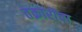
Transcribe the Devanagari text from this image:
तक्रारींचा